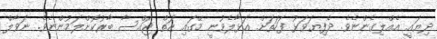
ދިޔައީ އެއްލިގެންނެވެ. ދެފިޔަވަޅު ފަހަތަށް އަޅާލެވުނީ މޭގައި އަތް ޖައްސާ ބާރުކޮށްލަމުންނެވެ. ނަވާލް